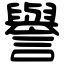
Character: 譽